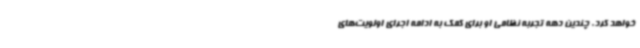
خواهد کرد. چندین دهه تجربه نظامی او برای کمک به ادامه اجرای اولویت‌های